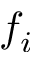
f _ { i }